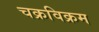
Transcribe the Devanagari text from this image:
चक्रविक्रम